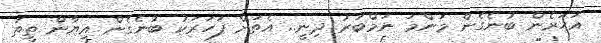
އަހަރެން ބުނެގެން މަންމަ ނަމްބަރު ދިނީ.. އެތަށް ފަހަރަކު ބުނެގެން އިޔާން ތީތަ